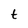
Character: t